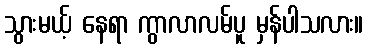
သွားမယ့် နေရာ ကွာလာလမ်ပူ မှန်ပါသလား။